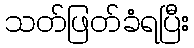
သတ်ဖြတ်ခံရပြီး